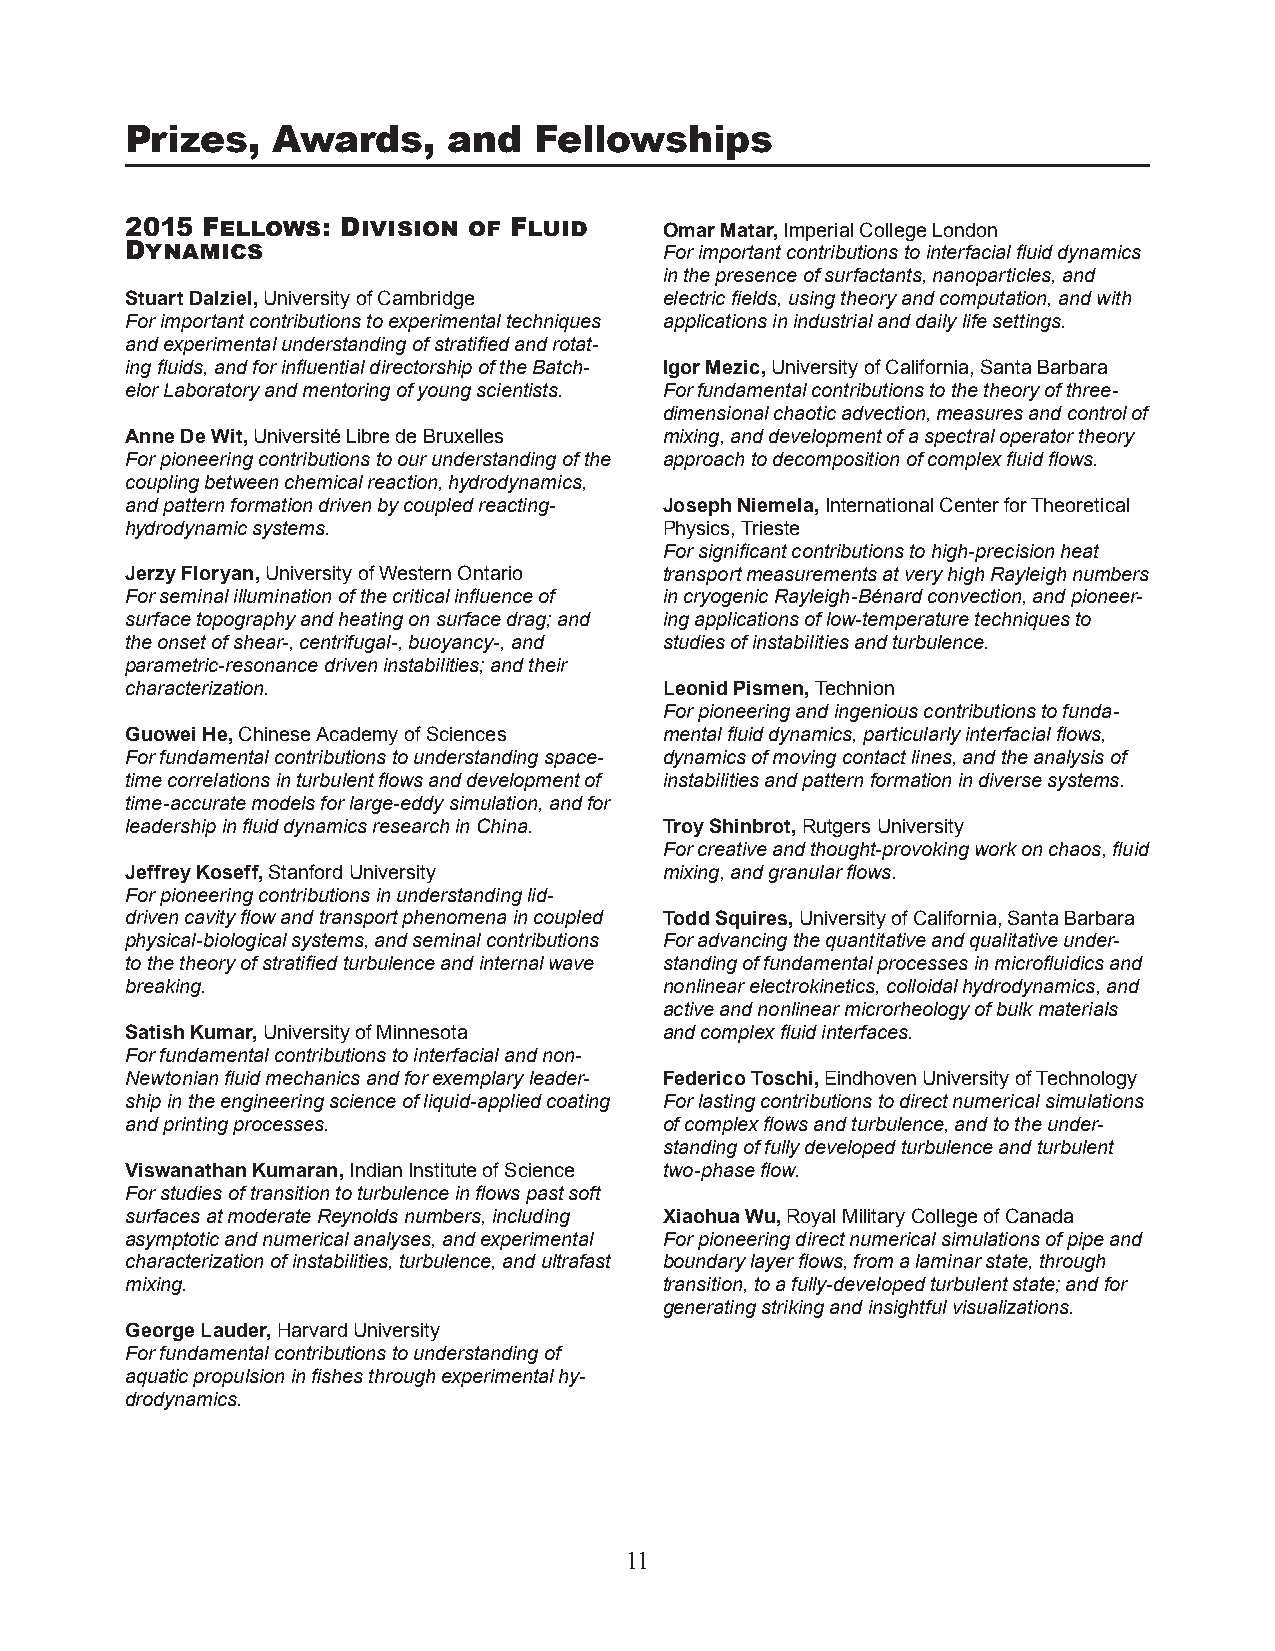
Prizes,   Awards,     and  Fellowships
 2015 Fellows:  Division of Fluid    Omar Matar, Imperial College London
 Dynamics                            For important contributions to interfacial fluid dynamics
 in the presence of surfactants, nanoparticles, and
 Stuart Dalziel, University of Cambridge electric fields, using theory and computation, and with
 For important contributions to experimental techniques applications in industrial and daily life settings.
 and experimental understanding of stratified and rotat-
 ing fluids, and for influential directorship of the Batch- Igor Mezic, University of California, Santa Barbara
 elor Laboratory and mentoring of young scientists. For fundamental contributions to the theory of three-
 dimensional chaotic advection, measures and control of
 Anne De Wit, Université Libre de Bruxelles mixing, and development of a spectral operator theory
 For pioneering contributions to our understanding of the approach to decomposition of complex fluid flows.
 coupling between chemical reaction, hydrodynamics,
 and pattern formation driven by coupled reacting- Joseph Niemela, International Center for Theoretical
 hydrodynamic systems.               Physics, Trieste
 For significant contributions to high-precision heat
 Jerzy Floryan, University of Western Ontario transport measurements at very high Rayleigh numbers
 For seminal illumination of the critical influence of in cryogenic Rayleigh-Bénard convection, and pioneer-
 surface topography and heating on surface drag; and ing applications of low-temperature techniques to
 the onset of shear-, centrifugal-, buoyancy-, and studies of instabilities and turbulence.
 parametric-resonance driven instabilities; and their
 characterization.                   Leonid Pismen, Technion
 For pioneering and ingenious contributions to funda-
 Guowei He, Chinese Academy of Sciences mental fluid dynamics, particularly interfacial flows,
 For fundamental contributions to understanding space- dynamics of moving contact lines, and the analysis of
 time correlations in turbulent flows and development of instabilities and pattern formation in diverse systems.
 time-accurate models for large-eddy simulation, and for
 leadership in fluid dynamics research in China. Troy Shinbrot, Rutgers University
 For creative and thought-provoking work on chaos, fluid
 Jeffrey Koseff, Stanford University mixing, and granular flows.
 For pioneering contributions in understanding lid-
 driven cavity flow and transport phenomena in coupled Todd Squires, University of California, Santa Barbara
 physical-biological systems, and seminal contributions For advancing the quantitative and qualitative under-
 to the theory of stratified turbulence and internal wave standing of fundamental processes in microfluidics and
 breaking.                           nonlinear electrokinetics, colloidal hydrodynamics, and
 active and nonlinear microrheology of bulk materials
 Satish Kumar, University of Minnesota and complex fluid interfaces.
 For fundamental contributions to interfacial and non-
 Newtonian fluid mechanics and for exemplary leader- Federico Toschi, Eindhoven University of Technology
 ship in the engineering science of liquid-applied coating For lasting contributions to direct numerical simulations
 and printing processes.             of complex flows and turbulence, and to the under-
 standing of fully developed turbulence and turbulent
 Viswanathan Kumaran, Indian Institute of Science two-phase flow.
 For studies of transition to turbulence in flows past soft
 surfaces at moderate Reynolds numbers, including Xiaohua Wu, Royal Military College of Canada
 asymptotic and numerical analyses, and experimental For pioneering direct numerical simulations of pipe and
 characterization of instabilities, turbulence, and ultrafast boundary layer flows, from a laminar state, through
 mixing.                             transition, to a fully-developed turbulent state; and for
 generating striking and insightful visualizations.
 George Lauder, Harvard University
 For fundamental contributions to understanding of
 aquatic propulsion in fishes through experimental hy-
 drodynamics.
 11